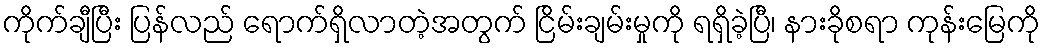
ကိုက်ချီပြီး ပြန်လည် ရောက်ရှိလာတဲ့အတွက် ငြိမ်းချမ်းမှုကို ရရှိခဲ့ပြီ၊ နားခိုစရာ ကုန်းမြေကို